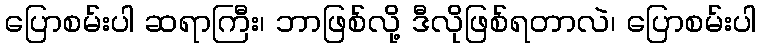
ပြောစမ်းပါ ဆရာကြီး၊ ဘာဖြစ်လို့ ဒီလိုဖြစ်ရတာလဲ၊ ပြောစမ်းပါ